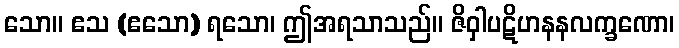
သော။ ဧသ (ဧသော) ရသော၊ ဤအရသာသည်။ ဇိဝှါပဋိဟနနလက္ခဏော၊